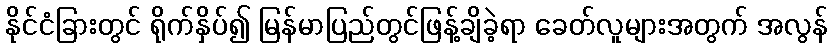
နိုင်ငံခြားတွင် ရိုက်နှိပ်၍ မြန်မာပြည်တွင်ဖြန့်ချိခဲ့ရာ ခေတ်လူများအတွက် အလွန်